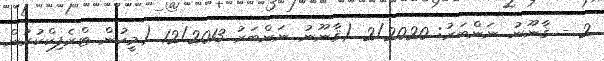
2 - ޤާނޫނު ނަންބަރު: 2/2020 (ޤާނޫނު ނަންބަރު 12/2013 (މީހުން ޓްރެފިކްކުރުން